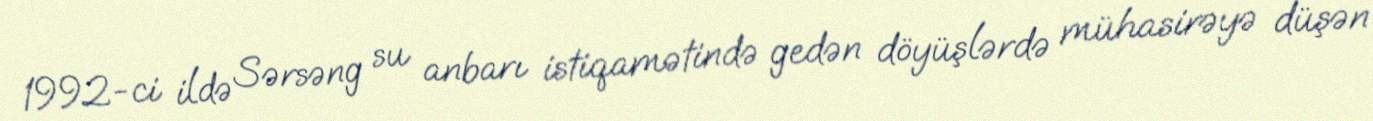
1992-ci ildə Sərsəng su anbarı istiqamətində gedən döyüşlərdə mühasirəyə düşən